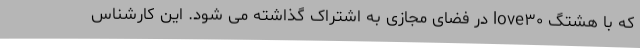
که با هشتگ love۳۰ در فضای مجازی به اشتراک گذاشته می شود. این کارشناس